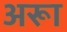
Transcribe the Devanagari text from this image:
अरूा